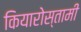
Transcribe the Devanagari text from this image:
कियारोस्तामी